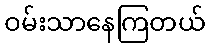
ဝမ်းသာနေကြတယ်